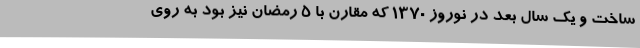
ساخت و یک سال بعد در نوروز 1370 که مقارن با 5 رمضان نیز بود به روی